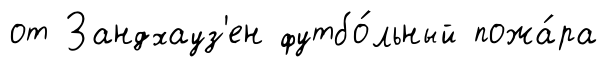
от Зандхауз'ен футбо́льный пожа́ра